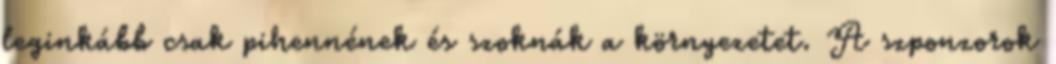
leginkább csak pihennének és szoknák a környezetet. A szponzorok